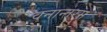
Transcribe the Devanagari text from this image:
वनान्तरम्